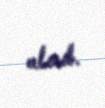
alınıb.